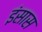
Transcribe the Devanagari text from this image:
इंसास